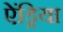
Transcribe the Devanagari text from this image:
ऐंड्रिया